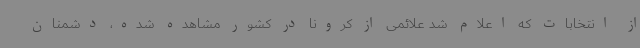
از انتخابات که اعلام شد علائمی از کرونا در کشور مشاهده شده، دشمنان